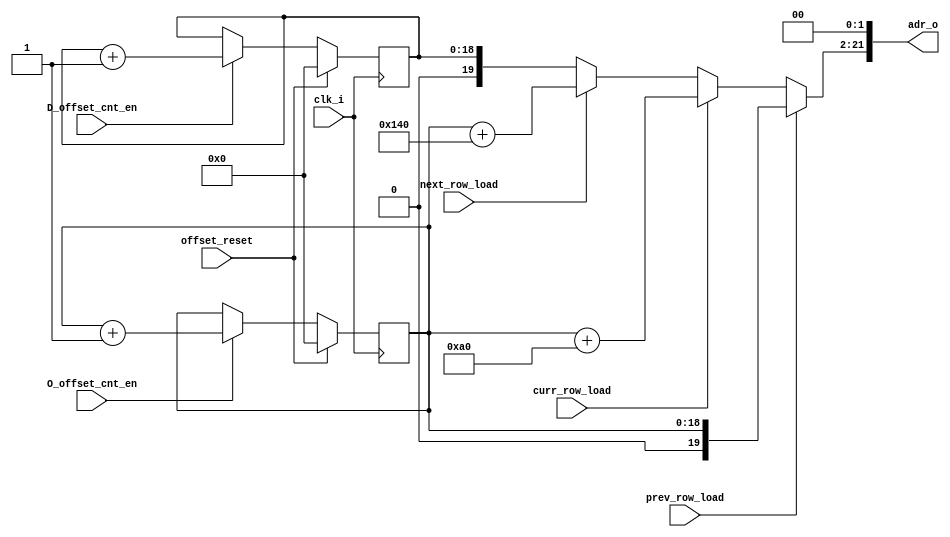
module addr_gen_1(
	clk_i,
	O_offset_cnt_en,     
	D_offset_cnt_en,
	offset_reset,
	prev_row_load,        
	curr_row_load,
	next_row_load,
	adr_o
    );
input clk_i;
input   O_offset_cnt_en;
input   D_offset_cnt_en;              
input   offset_reset ; 
input   prev_row_load;        
input   curr_row_load;      
input   next_row_load; 
output[21:0]  adr_o ;       
parameter WIDTH = 640;
reg[18:0]  O_offset;
reg[18:0]  D_offset;
wire[19:0]  O_prev_addr;
wire[19:0]  O_curr_addr;
wire[19:0]  O_next_addr;         
wire[19:0]  D_addr; 
always	@(posedge	clk_i)	
	if(offset_reset)		
		O_offset	<= 0;
	else	
	  if(O_offset_cnt_en)
	   O_offset	<= O_offset+1;
assign	 O_prev_addr = O_offset;
assign	 O_curr_addr = O_prev_addr + WIDTH/4;
assign	 O_next_addr = O_prev_addr + 2*WIDTH/4;
always	@(posedge	clk_i)	
	if(offset_reset)		
		D_offset	<= 0;
	else	
	  if(D_offset_cnt_en)	
	     D_offset	<= D_offset+1;
assign D_addr[19:0] = D_offset;
assign	adr_o[21:2] =    prev_row_load ? O_prev_addr :
						 curr_row_load ? O_curr_addr :
						 next_row_load ? O_next_addr :
						 D_addr;
assign adr_o[1:0]	=	2'b00;   
endmodule